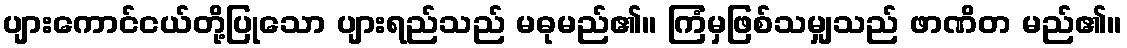
ပျားကောင်ငယ်တို့ပြုသော ပျားရည်သည် မဓုမည်၏။ ကြံမှဖြစ်သမျှသည် ဖာဏိတ မည်၏။